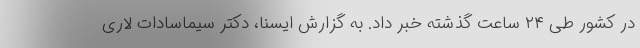
در کشور طی ۲۴ ساعت گذشته خبر داد. به گزارش ایسنا، دکتر سیماسادات لاری